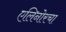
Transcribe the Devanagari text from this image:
एलिनोरचा